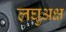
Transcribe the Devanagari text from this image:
लघुअक्ष